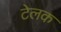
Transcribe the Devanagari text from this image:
टेलक